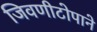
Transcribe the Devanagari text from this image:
जिवणीटोपाने